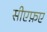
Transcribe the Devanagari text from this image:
सीएफ़ए